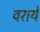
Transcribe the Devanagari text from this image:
वराये